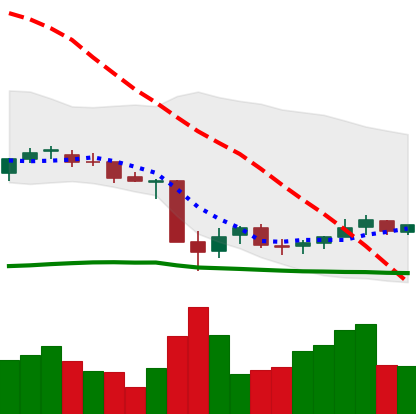
Ticker: NEO-USD
Chart end date: 2021-07-02
Forward return: 4.093%
Label: up_3_5